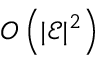
O \left( | \mathcal { E } | ^ { 2 } \right)